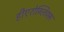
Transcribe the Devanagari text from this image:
हीएरोग्लिफ्स